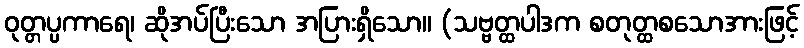
ဝုတ္တပ္ပကာရေ၊ ဆိုအပ်ပြီးသော အပြားရှိသော။ (သဗ္ဗတ္ထပါဒက စတုတ္ထစသောအားဖြင့်